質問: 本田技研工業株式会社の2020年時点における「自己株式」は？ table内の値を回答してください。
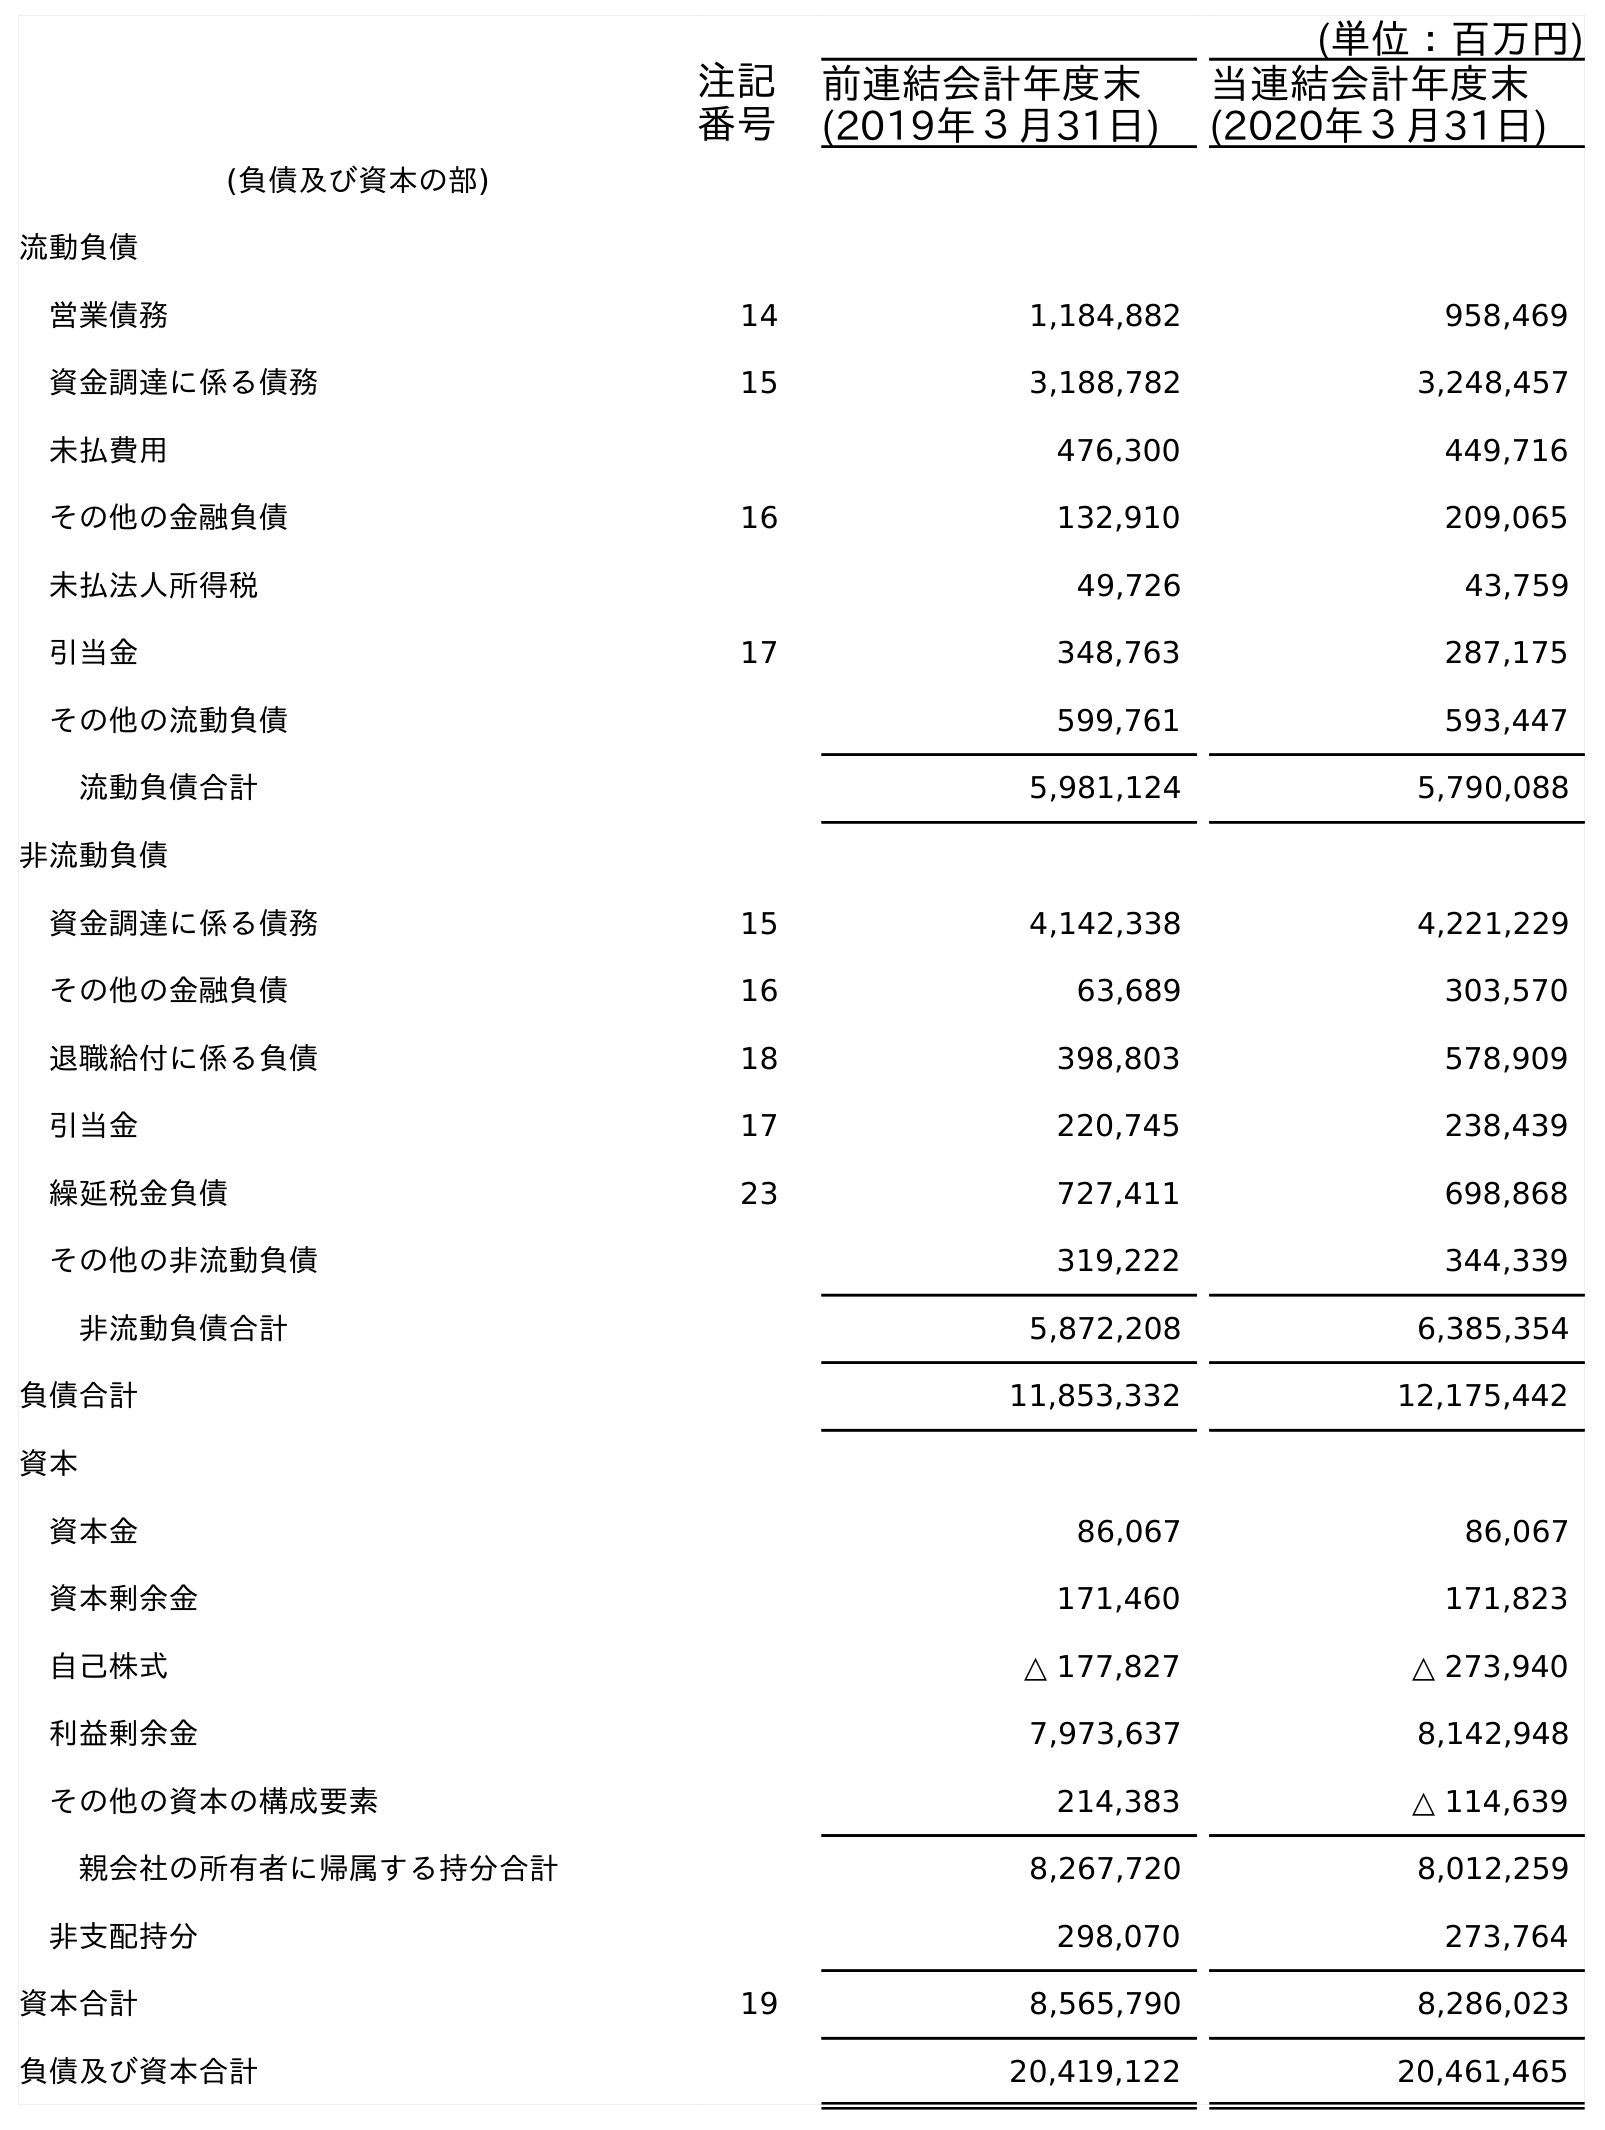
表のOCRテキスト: (単位：百万円) 注記 番号 前連結会計年度末 (2019年３月31日) 当連結会計年度末 (2020年３月31日) (負債及び資本の部) 流動負債 営業債務 14 1,184,882 958,469 資金調達に係る債務 15 3,188,782 3,248,457 未払費用 476,300 449,716 その他の金融負債 16 132,910 209,065 未払法人所得税 49,726 43,759 引当金 17 348,763 287,175 その他の流動負債 599,761 593,447 流動負債合計 5,981,124 5,790,088 非流動負債 資金調達に係る債務 15 4,142,338 4,221,229 その他の金融負債 16 63,689 303,570 退職給付に係る負債 18 398,803 578,909 引当金 17 220,745 238,439 繰延税金負債 23 727,411 698,868 その他の非流動負債 319,222 344,339 非流動負債合計 5,872,208 6,385,354 負債合計 11,853,332 12,175,442 資本 資本金 86,067 86,067 資本剰余金 171,460 171,823 自己株式 △ 177,827 △ 273,940 利益剰余金 7,973,637 8,142,948 その他の資本の構成要素 214,383 △ 114,639 親会社の所有者に帰属する持分合計 8,267,720 8,012,259 非支配持分 298,070 273,764 資本合計 19 8,565,790 8,286,023 負債及び資本合計 20,419,122 20,461,465
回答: △273,940